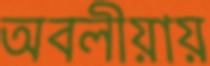
অবলীয়ায়